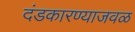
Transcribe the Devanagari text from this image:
दंडकारण्याजवळ